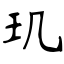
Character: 玑